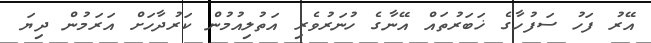
އޭރު ފަހު ސަފުހާގެ ޚަބަރުތައް އޭނާގެ ހުނަރުވެރި އަތުލިއުމުން ކަރުދާހަށް އަރަމުން ދިޔަ